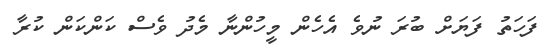
ފަހަތު ފަޔަށް ބުރަ ނުވެ އެހެން މީހުންނާ މެދު ވެސް ކަންކަން ކުރާ